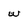
Character: w